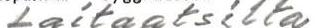
Laitaatsilta